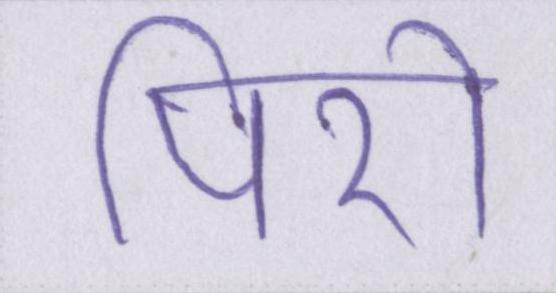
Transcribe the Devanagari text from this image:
पिरो